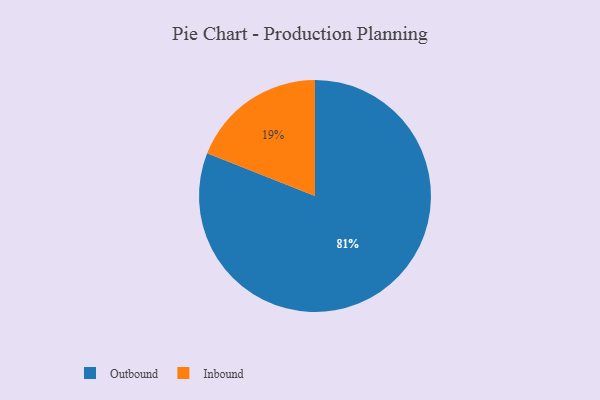
{"axis": {"x": "Category", "y": "Percentage"}, "legend": ["Inbound", "Outbound"], "data": [{"x": "Outbound", "y": 81, "type": "Outbound"}, {"x": "Inbound", "y": 19, "type": "Inbound"}]}